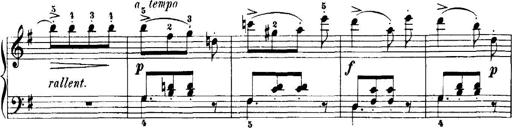
Title: 7 Sonatinas
Composer: Anton Diabelli